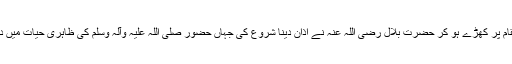
لہذا اسی مقام پر کھڑے ہو کر حضرت بلال رضی اللہ عنہ نے اذان دینا شروع کی جہاں حضور صلی اللہ علیہ وآلہ وسلم کی ظاہری حیات میں دیتے تھے۔